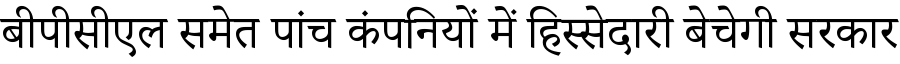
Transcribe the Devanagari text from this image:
बीपीसीएल समेत पांच कंपनियों में हिस्सेदारी बेचेगी सरकार